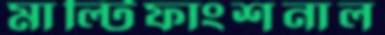
মাল্টিফাংশনাল